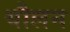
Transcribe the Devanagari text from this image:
यौलन